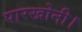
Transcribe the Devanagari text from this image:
पारखोनी।